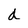
Character: d